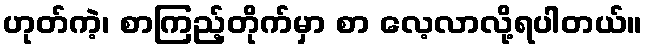
ဟုတ်ကဲ့၊ စာကြည့်တိုက်မှာ စာ လေ့လာလို့ရပါတယ်။